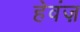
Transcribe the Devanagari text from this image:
हेवंज़